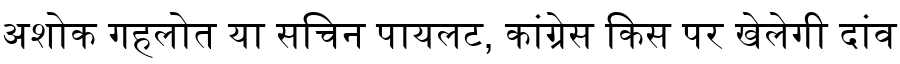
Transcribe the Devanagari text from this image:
अशोक गहलोत या सचिन पायलट, कांग्रेस किस पर खेलेगी दांव